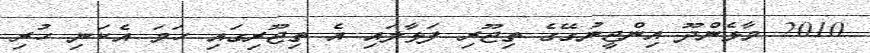
2010 މާޅެންދޫ އިންޖީނުގޭގެ ތިޖޫރި ފަޅާލައި އެ ތިޖޫރިގައި ހަމަ އެކަނި ހުރި